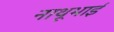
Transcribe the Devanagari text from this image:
नाथूभाई